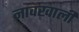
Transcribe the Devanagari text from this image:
नावखाली